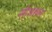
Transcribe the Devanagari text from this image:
सोअशल